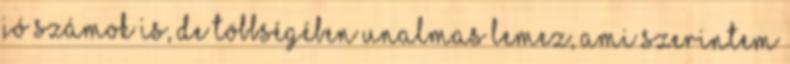
jó számok is, de többségében unalmas lemez, ami szerintem